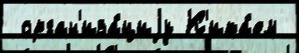
 орган'иза́циjу К'ита́ем